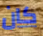
كان